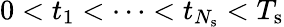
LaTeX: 0<t_{1}<\cdots<t_{N_{\mathrm{s}}}<T_{\mathrm{s}}